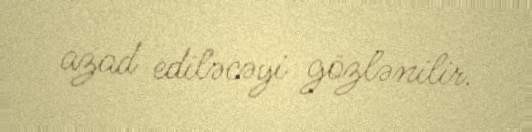
azad ediləcəyi gözlənilir.